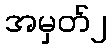
အမှတ်၂